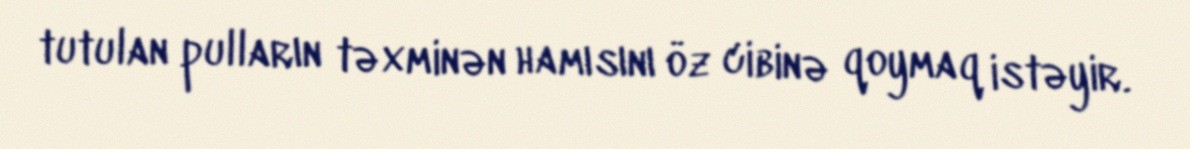
tutulan pulların təxminən hamısını öz cibinə qoymaq istəyir.